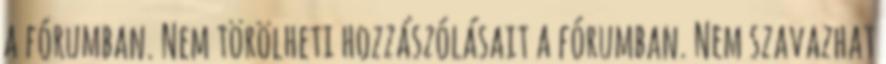
a fórumban. Nem törölheti hozzászólásait a fórumban. Nem szavazhat